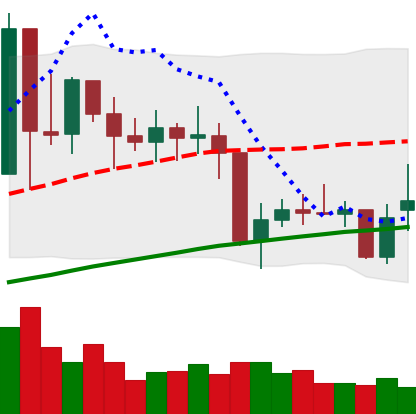
Ticker: XMR-USD
Chart end date: 2021-01-29
Forward return: 10.323%
Label: up_7plus